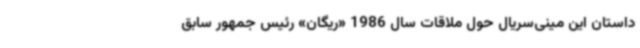
داستان این مینی‌سریال حول ملاقات سال 1986 «ریگان» رئیس جمهور سابق